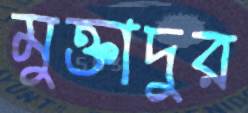
মুক্তাদুর